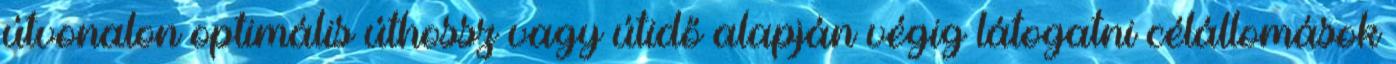
útvonalon optimális úthossz vagy útidő alapján végig látogatni célállomások